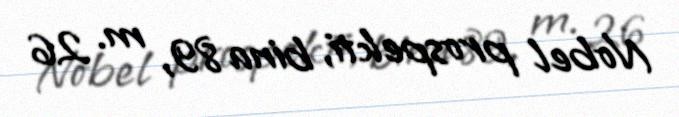
Nobel prospekti, bina 89, m. 26